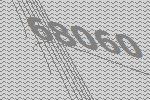
68060